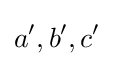
a^{\prime },b^{\prime },c^{\prime }